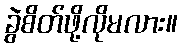
ခွဲစိတ်ဖို့လိုမလား။